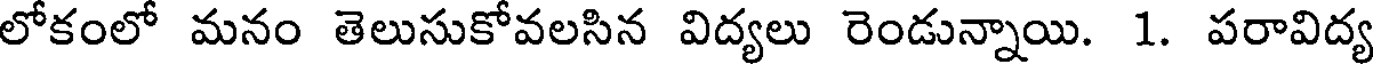
లోకంలో మనం తెలుసుకోవలసిన విద్యలు రెండున్నాయి. 1. పరావిద్య